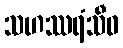
သဟဿရံသီဝ